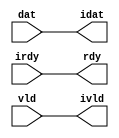

//------> /opt/MentorGraphics/catapult/pkgs/siflibs/ccs_in_wait_v1.v 
//------------------------------------------------------------------------------
// Catapult Synthesis - Sample I/O Port Library
//
// Copyright (c) 2003-2017 Mentor Graphics Corp.
//       All Rights Reserved
//
// This document may be used and distributed without restriction provided that
// this copyright statement is not removed from the file and that any derivative
// work contains this copyright notice.
//
// The design information contained in this file is intended to be an example
// of the functionality which the end user may study in preparation for creating
// their own custom interfaces. This design does not necessarily present a 
// complete implementation of the named protocol or standard.
//
//------------------------------------------------------------------------------


module ccs_in_wait_v1 (idat, rdy, ivld, dat, irdy, vld);

  parameter integer rscid = 1;
  parameter integer width = 8;

  output [width-1:0] idat;
  output             rdy;
  output             ivld;
  input  [width-1:0] dat;
  input              irdy;
  input              vld;

  wire   [width-1:0] idat;
  wire               rdy;
  wire               ivld;

  localparam stallOff = 0; 
  wire                  stall_ctrl;
  assign stall_ctrl = stallOff;

  assign idat = dat;
  assign rdy = irdy && !stall_ctrl;
  assign ivld = vld && !stall_ctrl;

endmodule


//------> /opt/MentorGraphics/catapult/pkgs/siflibs/ccs_out_wait_v1.v 
//------------------------------------------------------------------------------
// Catapult Synthesis - Sample I/O Port Library
//
// Copyright (c) 2003-2017 Mentor Graphics Corp.
//       All Rights Reserved
//
// This document may be used and distributed without restriction provided that
// this copyright statement is not removed from the file and that any derivative
// work contains this copyright notice.
//
// The design information contained in this file is intended to be an example
// of the functionality which the end user may study in preparation for creating
// their own custom interfaces. This design does not necessarily present a 
// complete implementation of the named protocol or standard.
//
//------------------------------------------------------------------------------


module ccs_out_wait_v1 (dat, irdy, vld, idat, rdy, ivld);

  parameter integer rscid = 1;
  parameter integer width = 8;

  output [width-1:0] dat;
  output             irdy;
  output             vld;
  input  [width-1:0] idat;
  input              rdy;
  input              ivld;

  wire   [width-1:0] dat;
  wire               irdy;
  wire               vld;

  localparam stallOff = 0; 
  wire stall_ctrl;
  assign stall_ctrl = stallOff;

  assign dat = idat;
  assign irdy = rdy && !stall_ctrl;
  assign vld = ivld && !stall_ctrl;

endmodule



//------> ./rtl.v 
// ----------------------------------------------------------------------
//  HLS HDL:        Verilog Netlister
//  HLS Version:    2021.1/950854 Production Release
//  HLS Date:       Mon Aug  2 21:36:02 PDT 2021
// 
//  Generated by:   afp65@en-ec-ecelinux-14.coecis.cornell.edu
//  Generated date: Tue May 17 17:50:47 2022
// ----------------------------------------------------------------------

// 
// ------------------------------------------------------------------
//  Design Unit:    fletcher32_core_core_fsm
//  FSM Module
// ------------------------------------------------------------------


module fletcher32_core_core_fsm (
  clk, rst, core_wen, fsm_output
);
  input clk;
  input rst;
  input core_wen;
  output [11:0] fsm_output;
  reg [11:0] fsm_output;


  // FSM State Type Declaration for fletcher32_core_core_fsm_1
  parameter
    core_rlp_C_0 = 4'd0,
    main_C_0 = 4'd1,
    main_C_1 = 4'd2,
    main_C_2 = 4'd3,
    main_C_3 = 4'd4,
    main_C_4 = 4'd5,
    main_C_5 = 4'd6,
    main_C_6 = 4'd7,
    main_C_7 = 4'd8,
    main_C_8 = 4'd9,
    main_C_9 = 4'd10,
    main_C_10 = 4'd11;

  reg [3:0] state_var;
  reg [3:0] state_var_NS;


  // Interconnect Declarations for Component Instantiations 
  always @(*)
  begin : fletcher32_core_core_fsm_1
    case (state_var)
      main_C_0 : begin
        fsm_output = 12'b000000000010;
        state_var_NS = main_C_1;
      end
      main_C_1 : begin
        fsm_output = 12'b000000000100;
        state_var_NS = main_C_2;
      end
      main_C_2 : begin
        fsm_output = 12'b000000001000;
        state_var_NS = main_C_3;
      end
      main_C_3 : begin
        fsm_output = 12'b000000010000;
        state_var_NS = main_C_4;
      end
      main_C_4 : begin
        fsm_output = 12'b000000100000;
        state_var_NS = main_C_5;
      end
      main_C_5 : begin
        fsm_output = 12'b000001000000;
        state_var_NS = main_C_6;
      end
      main_C_6 : begin
        fsm_output = 12'b000010000000;
        state_var_NS = main_C_7;
      end
      main_C_7 : begin
        fsm_output = 12'b000100000000;
        state_var_NS = main_C_8;
      end
      main_C_8 : begin
        fsm_output = 12'b001000000000;
        state_var_NS = main_C_9;
      end
      main_C_9 : begin
        fsm_output = 12'b010000000000;
        state_var_NS = main_C_10;
      end
      main_C_10 : begin
        fsm_output = 12'b100000000000;
        state_var_NS = main_C_0;
      end
      // core_rlp_C_0
      default : begin
        fsm_output = 12'b000000000001;
        state_var_NS = main_C_0;
      end
    endcase
  end

  always @(posedge clk) begin
    if ( rst ) begin
      state_var <= core_rlp_C_0;
    end
    else if ( core_wen ) begin
      state_var <= state_var_NS;
    end
  end

endmodule

// ------------------------------------------------------------------
//  Design Unit:    fletcher32_core_staller
// ------------------------------------------------------------------


module fletcher32_core_staller (
  core_wen, in_rsci_wen_comp, out_rsci_wen_comp
);
  output core_wen;
  input in_rsci_wen_comp;
  input out_rsci_wen_comp;



  // Interconnect Declarations for Component Instantiations 
  assign core_wen = in_rsci_wen_comp & out_rsci_wen_comp;
endmodule

// ------------------------------------------------------------------
//  Design Unit:    fletcher32_core_out_rsci_out_wait_ctrl
// ------------------------------------------------------------------


module fletcher32_core_out_rsci_out_wait_ctrl (
  out_rsci_iswt0, out_rsci_biwt, out_rsci_irdy
);
  input out_rsci_iswt0;
  output out_rsci_biwt;
  input out_rsci_irdy;



  // Interconnect Declarations for Component Instantiations 
  assign out_rsci_biwt = out_rsci_iswt0 & out_rsci_irdy;
endmodule

// ------------------------------------------------------------------
//  Design Unit:    fletcher32_core_in_rsci_in_wait_ctrl
// ------------------------------------------------------------------


module fletcher32_core_in_rsci_in_wait_ctrl (
  in_rsci_iswt0, in_rsci_biwt, in_rsci_ivld
);
  input in_rsci_iswt0;
  output in_rsci_biwt;
  input in_rsci_ivld;



  // Interconnect Declarations for Component Instantiations 
  assign in_rsci_biwt = in_rsci_iswt0 & in_rsci_ivld;
endmodule

// ------------------------------------------------------------------
//  Design Unit:    fletcher32_core_out_rsci
// ------------------------------------------------------------------


module fletcher32_core_out_rsci (
  out_rsc_dat, out_rsc_vld, out_rsc_rdy, out_rsci_oswt, out_rsci_wen_comp, out_rsci_idat
);
  output [31:0] out_rsc_dat;
  output out_rsc_vld;
  input out_rsc_rdy;
  input out_rsci_oswt;
  output out_rsci_wen_comp;
  input [31:0] out_rsci_idat;


  // Interconnect Declarations
  wire out_rsci_biwt;
  wire out_rsci_irdy;


  // Interconnect Declarations for Component Instantiations 
  ccs_out_wait_v1 #(.rscid(32'sd2),
  .width(32'sd32)) out_rsci (
      .irdy(out_rsci_irdy),
      .ivld(out_rsci_oswt),
      .idat(out_rsci_idat),
      .rdy(out_rsc_rdy),
      .vld(out_rsc_vld),
      .dat(out_rsc_dat)
    );
  fletcher32_core_out_rsci_out_wait_ctrl fletcher32_core_out_rsci_out_wait_ctrl_inst
      (
      .out_rsci_iswt0(out_rsci_oswt),
      .out_rsci_biwt(out_rsci_biwt),
      .out_rsci_irdy(out_rsci_irdy)
    );
  assign out_rsci_wen_comp = (~ out_rsci_oswt) | out_rsci_biwt;
endmodule

// ------------------------------------------------------------------
//  Design Unit:    fletcher32_core_in_rsci
// ------------------------------------------------------------------


module fletcher32_core_in_rsci (
  in_rsc_dat, in_rsc_vld, in_rsc_rdy, in_rsci_oswt, in_rsci_wen_comp, in_rsci_idat_mxwt
);
  input [15:0] in_rsc_dat;
  input in_rsc_vld;
  output in_rsc_rdy;
  input in_rsci_oswt;
  output in_rsci_wen_comp;
  output [15:0] in_rsci_idat_mxwt;


  // Interconnect Declarations
  wire in_rsci_biwt;
  wire in_rsci_ivld;
  wire [15:0] in_rsci_idat;


  // Interconnect Declarations for Component Instantiations 
  ccs_in_wait_v1 #(.rscid(32'sd1),
  .width(32'sd16)) in_rsci (
      .rdy(in_rsc_rdy),
      .vld(in_rsc_vld),
      .dat(in_rsc_dat),
      .irdy(in_rsci_oswt),
      .ivld(in_rsci_ivld),
      .idat(in_rsci_idat)
    );
  fletcher32_core_in_rsci_in_wait_ctrl fletcher32_core_in_rsci_in_wait_ctrl_inst
      (
      .in_rsci_iswt0(in_rsci_oswt),
      .in_rsci_biwt(in_rsci_biwt),
      .in_rsci_ivld(in_rsci_ivld)
    );
  assign in_rsci_idat_mxwt = in_rsci_idat;
  assign in_rsci_wen_comp = (~ in_rsci_oswt) | in_rsci_biwt;
endmodule

// ------------------------------------------------------------------
//  Design Unit:    fletcher32_core
// ------------------------------------------------------------------


module fletcher32_core (
  clk, rst, in_rsc_dat, in_rsc_vld, in_rsc_rdy, out_rsc_dat, out_rsc_vld, out_rsc_rdy
);
  input clk;
  input rst;
  input [15:0] in_rsc_dat;
  input in_rsc_vld;
  output in_rsc_rdy;
  output [31:0] out_rsc_dat;
  output out_rsc_vld;
  input out_rsc_rdy;


  // Interconnect Declarations
  wire core_wen;
  wire in_rsci_wen_comp;
  wire [15:0] in_rsci_idat_mxwt;
  wire out_rsci_wen_comp;
  reg [15:0] out_rsci_idat_31_16;
  reg [15:0] out_rsci_idat_15_0;
  wire [11:0] fsm_output;
  wire or_dcpl_3;
  reg for_2_or_itm;
  reg [17:0] for_acc_1_psp_3_sva;
  wire and_42_cse;
  reg reg_out_rsci_iswt0_cse;
  reg reg_in_rsci_iswt0_cse;
  wire [15:0] z_out;
  wire [16:0] nl_z_out;
  reg [15:0] for_acc_7_itm;
  reg [15:0] for_acc_4_itm;
  reg [15:0] for_acc_8_itm;
  wire [15:0] for_acc_5_itm_mx0w1;
  wire [16:0] nl_for_acc_5_itm_mx0w1;
  wire [16:0] for_2_acc_1_psp_sva_1;
  wire [17:0] nl_for_2_acc_1_psp_sva_1;
  wire for_4_or_mx0w3;
  wire [17:0] for_acc_1_psp_3_sva_mx0w1;
  wire [18:0] nl_for_acc_1_psp_3_sva_mx0w1;
  wire [17:0] for_acc_1_psp_4_sva_mx0w2;
  wire [18:0] nl_for_acc_1_psp_4_sva_mx0w2;
  wire for_acc_1_psp_3_sva_mx0c2;

  wire for_8_xor_nl;
  wire[15:0] for_acc_8_nl;
  wire[16:0] nl_for_acc_8_nl;
  wire[15:0] for_acc_4_nl;
  wire[16:0] nl_for_acc_4_nl;
  wire for_2_or_nl;
  wire for_3_xor_nl;
  wire for_4_xor_nl;
  wire for_8_and_1_nl;
  wire or_24_nl;
  wire for_2_xor_nl;
  wire[15:0] for_mux_2_nl;

  // Interconnect Declarations for Component Instantiations 
  wire [31:0] nl_fletcher32_core_out_rsci_inst_out_rsci_idat;
  assign nl_fletcher32_core_out_rsci_inst_out_rsci_idat = {out_rsci_idat_31_16 ,
      out_rsci_idat_15_0};
  fletcher32_core_in_rsci fletcher32_core_in_rsci_inst (
      .in_rsc_dat(in_rsc_dat),
      .in_rsc_vld(in_rsc_vld),
      .in_rsc_rdy(in_rsc_rdy),
      .in_rsci_oswt(reg_in_rsci_iswt0_cse),
      .in_rsci_wen_comp(in_rsci_wen_comp),
      .in_rsci_idat_mxwt(in_rsci_idat_mxwt)
    );
  fletcher32_core_out_rsci fletcher32_core_out_rsci_inst (
      .out_rsc_dat(out_rsc_dat),
      .out_rsc_vld(out_rsc_vld),
      .out_rsc_rdy(out_rsc_rdy),
      .out_rsci_oswt(reg_out_rsci_iswt0_cse),
      .out_rsci_wen_comp(out_rsci_wen_comp),
      .out_rsci_idat(nl_fletcher32_core_out_rsci_inst_out_rsci_idat[31:0])
    );
  fletcher32_core_staller fletcher32_core_staller_inst (
      .core_wen(core_wen),
      .in_rsci_wen_comp(in_rsci_wen_comp),
      .out_rsci_wen_comp(out_rsci_wen_comp)
    );
  fletcher32_core_core_fsm fletcher32_core_core_fsm_inst (
      .clk(clk),
      .rst(rst),
      .core_wen(core_wen),
      .fsm_output(fsm_output)
    );
  assign and_42_cse = core_wen & (fsm_output[10]);
  assign nl_for_acc_5_itm_mx0w1 = (for_acc_1_psp_4_sva_mx0w2[15:0]) + (for_acc_1_psp_3_sva[15:0]);
  assign for_acc_5_itm_mx0w1 = nl_for_acc_5_itm_mx0w1[15:0];
  assign nl_for_2_acc_1_psp_sva_1 = ({(for_acc_8_itm[15]) , for_acc_8_itm}) + conv_s2s_16_17(in_rsci_idat_mxwt);
  assign for_2_acc_1_psp_sva_1 = nl_for_2_acc_1_psp_sva_1[16:0];
  assign for_4_or_mx0w3 = (for_acc_1_psp_4_sva_mx0w2[14:0]!=15'b000000000000000);
  assign for_2_xor_nl = (for_acc_1_psp_3_sva[15]) ^ ((for_acc_1_psp_3_sva[16:15]==2'b01))
      ^ ((for_acc_1_psp_3_sva[16:15]==2'b10) & for_2_or_itm);
  assign nl_for_acc_1_psp_3_sva_mx0w1 = conv_s2s_17_18({for_2_xor_nl , (for_acc_1_psp_3_sva[15:0])})
      + conv_s2s_16_18(in_rsci_idat_mxwt);
  assign for_acc_1_psp_3_sva_mx0w1 = nl_for_acc_1_psp_3_sva_mx0w1[17:0];
  assign nl_for_acc_1_psp_4_sva_mx0w2 = conv_s2s_17_18({for_2_or_itm , (for_acc_1_psp_3_sva[15:0])})
      + conv_s2s_16_18(in_rsci_idat_mxwt);
  assign for_acc_1_psp_4_sva_mx0w2 = nl_for_acc_1_psp_4_sva_mx0w2[17:0];
  assign or_dcpl_3 = (fsm_output[7]) | (fsm_output[4]);
  assign for_acc_1_psp_3_sva_mx0c2 = or_dcpl_3 | (fsm_output[6]) | (fsm_output[8])
      | (fsm_output[5]);
  always @(posedge clk) begin
    if ( rst ) begin
      out_rsci_idat_15_0 <= 16'b0000000000000000;
      out_rsci_idat_31_16 <= 16'b0000000000000000;
    end
    else if ( and_42_cse ) begin
      out_rsci_idat_15_0 <= for_acc_1_psp_3_sva[15:0];
      out_rsci_idat_31_16 <= MUX_v_16_2_2(z_out, 16'b1111111111111111, for_8_xor_nl);
    end
  end
  always @(posedge clk) begin
    if ( rst ) begin
      reg_out_rsci_iswt0_cse <= 1'b0;
      reg_in_rsci_iswt0_cse <= 1'b0;
      for_2_or_itm <= 1'b0;
      for_acc_7_itm <= 16'b0000000000000000;
    end
    else if ( core_wen ) begin
      reg_out_rsci_iswt0_cse <= fsm_output[10];
      reg_in_rsci_iswt0_cse <= ~((fsm_output[10:8]!=3'b000));
      for_2_or_itm <= MUX1HOT_s_1_5_2(for_2_or_nl, for_3_xor_nl, for_4_xor_nl, for_4_or_mx0w3,
          for_8_and_1_nl, {(fsm_output[2]) , (fsm_output[3]) , or_24_nl , (fsm_output[8])
          , (fsm_output[9])});
      for_acc_7_itm <= MUX_v_16_2_2(for_acc_5_itm_mx0w1, z_out, fsm_output[9]);
    end
  end
  always @(posedge clk) begin
    if ( rst ) begin
      for_acc_8_itm <= 16'b0000000000000000;
    end
    else if ( core_wen & ((fsm_output[1]) | (fsm_output[5])) ) begin
      for_acc_8_itm <= MUX_v_16_2_2(in_rsci_idat_mxwt, for_acc_8_nl, fsm_output[5]);
    end
  end
  always @(posedge clk) begin
    if ( rst ) begin
      for_acc_4_itm <= 16'b0000000000000000;
    end
    else if ( core_wen & ((fsm_output[6]) | (fsm_output[2])) ) begin
      for_acc_4_itm <= MUX_v_16_2_2(for_acc_4_nl, for_acc_5_itm_mx0w1, fsm_output[6]);
    end
  end
  always @(posedge clk) begin
    if ( rst ) begin
      for_acc_1_psp_3_sva <= 18'b000000000000000000;
    end
    else if ( core_wen & ((fsm_output[3:2]!=2'b00) | for_acc_1_psp_3_sva_mx0c2) )
        begin
      for_acc_1_psp_3_sva <= MUX1HOT_v_18_3_2(({1'b0 , for_2_acc_1_psp_sva_1}), for_acc_1_psp_3_sva_mx0w1,
          for_acc_1_psp_4_sva_mx0w2, {(fsm_output[2]) , (fsm_output[3]) , for_acc_1_psp_3_sva_mx0c2});
    end
  end
  assign for_8_xor_nl = (for_acc_1_psp_3_sva[15]) ^ ((for_acc_1_psp_3_sva[15]) &
      (~ (for_acc_1_psp_3_sva[17]))) ^ for_2_or_itm;
  assign for_2_or_nl = (for_2_acc_1_psp_sva_1[14:0]!=15'b000000000000000);
  assign for_3_xor_nl = (for_acc_1_psp_3_sva_mx0w1[15]) ^ ((for_acc_1_psp_3_sva_mx0w1[15])
      & (~ (for_acc_1_psp_3_sva_mx0w1[17]))) ^ ((for_acc_1_psp_3_sva_mx0w1[17]) &
      (~ (for_acc_1_psp_3_sva_mx0w1[15])) & ((for_acc_1_psp_3_sva_mx0w1[14:0]!=15'b000000000000000)));
  assign for_4_xor_nl = (for_acc_1_psp_4_sva_mx0w2[15]) ^ ((for_acc_1_psp_4_sva_mx0w2[15])
      & (~ (for_acc_1_psp_4_sva_mx0w2[17]))) ^ ((for_acc_1_psp_4_sva_mx0w2[17]) &
      (~ (for_acc_1_psp_4_sva_mx0w2[15])) & for_4_or_mx0w3);
  assign for_8_and_1_nl = (for_acc_1_psp_3_sva[17]) & (~ (for_acc_1_psp_3_sva[15]))
      & for_2_or_itm;
  assign or_24_nl = or_dcpl_3 | (fsm_output[6:5]!=2'b00);
  assign nl_for_acc_8_nl = for_acc_7_itm + for_acc_4_itm;
  assign for_acc_8_nl = nl_for_acc_8_nl[15:0];
  assign nl_for_acc_4_nl = (for_2_acc_1_psp_sva_1[15:0]) + for_acc_8_itm;
  assign for_acc_4_nl = nl_for_acc_4_nl[15:0];
  assign for_mux_2_nl = MUX_v_16_2_2(for_acc_8_itm, for_acc_4_itm, fsm_output[9]);
  assign nl_z_out = for_acc_7_itm + for_mux_2_nl;
  assign z_out = nl_z_out[15:0];

  function automatic  MUX1HOT_s_1_5_2;
    input  input_4;
    input  input_3;
    input  input_2;
    input  input_1;
    input  input_0;
    input [4:0] sel;
    reg  result;
  begin
    result = input_0 & sel[0];
    result = result | (input_1 & sel[1]);
    result = result | (input_2 & sel[2]);
    result = result | (input_3 & sel[3]);
    result = result | (input_4 & sel[4]);
    MUX1HOT_s_1_5_2 = result;
  end
  endfunction


  function automatic [17:0] MUX1HOT_v_18_3_2;
    input [17:0] input_2;
    input [17:0] input_1;
    input [17:0] input_0;
    input [2:0] sel;
    reg [17:0] result;
  begin
    result = input_0 & {18{sel[0]}};
    result = result | (input_1 & {18{sel[1]}});
    result = result | (input_2 & {18{sel[2]}});
    MUX1HOT_v_18_3_2 = result;
  end
  endfunction


  function automatic [15:0] MUX_v_16_2_2;
    input [15:0] input_0;
    input [15:0] input_1;
    input  sel;
    reg [15:0] result;
  begin
    case (sel)
      1'b0 : begin
        result = input_0;
      end
      default : begin
        result = input_1;
      end
    endcase
    MUX_v_16_2_2 = result;
  end
  endfunction


  function automatic [16:0] conv_s2s_16_17 ;
    input [15:0]  vector ;
  begin
    conv_s2s_16_17 = {vector[15], vector};
  end
  endfunction


  function automatic [17:0] conv_s2s_16_18 ;
    input [15:0]  vector ;
  begin
    conv_s2s_16_18 = {{2{vector[15]}}, vector};
  end
  endfunction


  function automatic [17:0] conv_s2s_17_18 ;
    input [16:0]  vector ;
  begin
    conv_s2s_17_18 = {vector[16], vector};
  end
  endfunction

endmodule

// ------------------------------------------------------------------
//  Design Unit:    fletcher32
// ------------------------------------------------------------------


module fletcher32 (
  clk, rst, in_rsc_dat, in_rsc_vld, in_rsc_rdy, out_rsc_dat, out_rsc_vld, out_rsc_rdy
);
  input clk;
  input rst;
  input [15:0] in_rsc_dat;
  input in_rsc_vld;
  output in_rsc_rdy;
  output [31:0] out_rsc_dat;
  output out_rsc_vld;
  input out_rsc_rdy;



  // Interconnect Declarations for Component Instantiations 
  fletcher32_core fletcher32_core_inst (
      .clk(clk),
      .rst(rst),
      .in_rsc_dat(in_rsc_dat),
      .in_rsc_vld(in_rsc_vld),
      .in_rsc_rdy(in_rsc_rdy),
      .out_rsc_dat(out_rsc_dat),
      .out_rsc_vld(out_rsc_vld),
      .out_rsc_rdy(out_rsc_rdy)
    );
endmodule